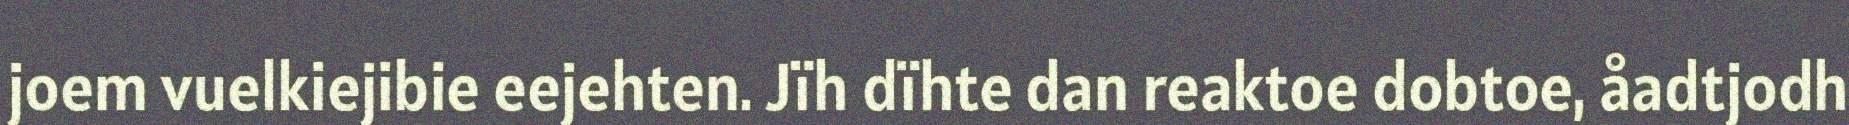
joem vuelkiejibie eejehten. Jïh dïhte dan reaktoe dobtoe, åadtjodh